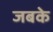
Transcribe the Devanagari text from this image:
जबके